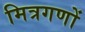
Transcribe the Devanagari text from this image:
मित्रगणों